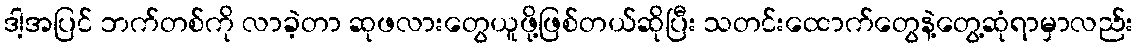
ဒါ့အပြင် ဘက်တစ်ကို လာခဲ့တာ ဆုဖလားတွေယူဖို့ဖြစ်တယ်ဆိုပြီး သတင်းထောက်တွေနဲ့တွေ့ဆုံရာမှာလည်း